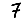
Digit: 7